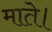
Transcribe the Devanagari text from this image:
माते।